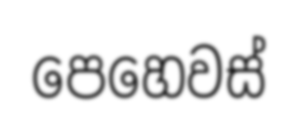
පෙහෙවස්